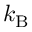
k _ { \mathrm { B } }